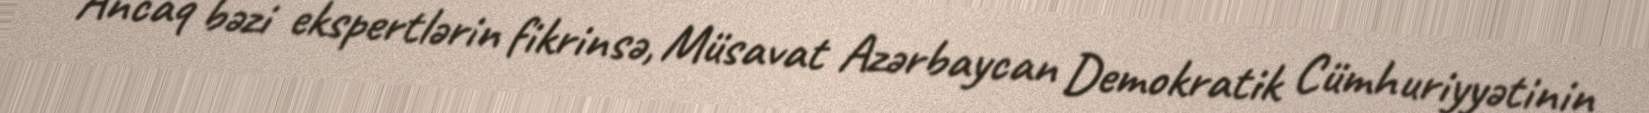
Ancaq bəzi ekspertlərin fikrinsə, Müsavat Azərbaycan Demokratik Cümhuriyyətinin